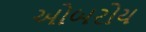
ઓબરોય